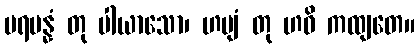
ပရမန္နံ တု ပါယာသော၊ ဟဗျံ တု ဟဝိ ကထျတေ။